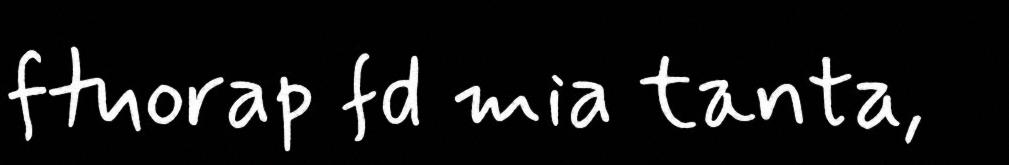
ftuorap fd mia tanta,